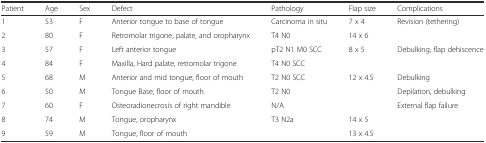
| Patient | Age | Sex | Defect | Pathology | Flap size | Complications |
 | --- | --- | --- | --- | --- | --- | --- |
 | 1 | 53 | F | Anterior tongue to base of tongue | Carcinoma in situ | 7 x 4 | Revision (tethering) |
 | 2 | 80 | F | Retromolar trigone, palate, and oropharynx | T4 N0 | 14 x 6 |  |
 | 3 | 57 | F | Left anterior tongue | pT2 N1 M0 SCC | 8 x 5 | Debulking, flap dehiscence |
 | 4 | 84 | F | Maxilla, Hard palate, retromolar trigone | T4 N0 SCC |  |  |
 | 5 | 68 | M | Anterior and mid tongue, floor of mouth | T2 N0 SCC | 12 x 4.5 | Debulking |
 | 6 | 50 | M | Tongue Base, floor of mouth | T2 N0 |  | Depilation, debulking |
 | 7 | 60 | F | Osteoradionecrosis of right mandible | N/A |  | External flap failure |
 | 8 | 74 | M | Tongue, oropharynx | T3 N2a | 14 x 5 |  |
 | 9 | 59 | M | Tongue, floor of mouth |  | 13 x 4.5 |  |